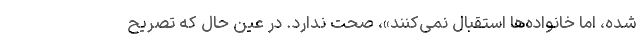
شده، اما خانواده‌ها استقبال نمی‌کنند»، صحت ندارد. در عین حال که تصریح